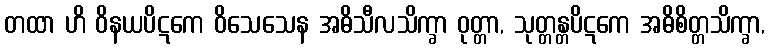
တထာ ဟိ ဝိနယပိဋကေ ဝိသေသေန အဓိသီလသိက္ခာ ဝုတ္တာ, သုတ္တန္တပိဋကေ အဓိစိတ္တသိက္ခာ,